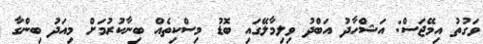
ވަގުތު އިމޭޖަަސް: އަޝްހާދު އަބްދު ވިލިމާލޭގައި ބޮޑު މިސްކިތެއް ބިނާކުރުމަށް މިއަދު ބިންގާ